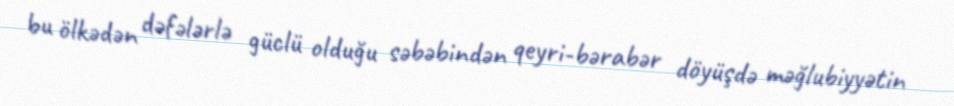
bu ölkədən dəfələrlə güclü olduğu səbəbindən qeyri-bərabər döyüşdə məğlubiyyətin